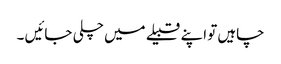
چاہیں تو اپنے قبیلے میں چلی جائیں ۔